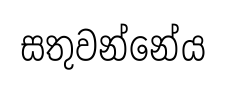
සතුවන්නේය